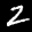
Label: 2